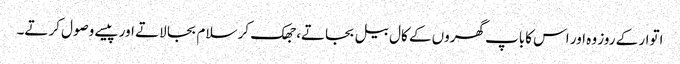
اتوار کے روز وہ اور اس کاباپ گھروں کے کال بیل بجاتے، جھک کر سلام بجا لاتے اور پیسے وصول کرتے۔